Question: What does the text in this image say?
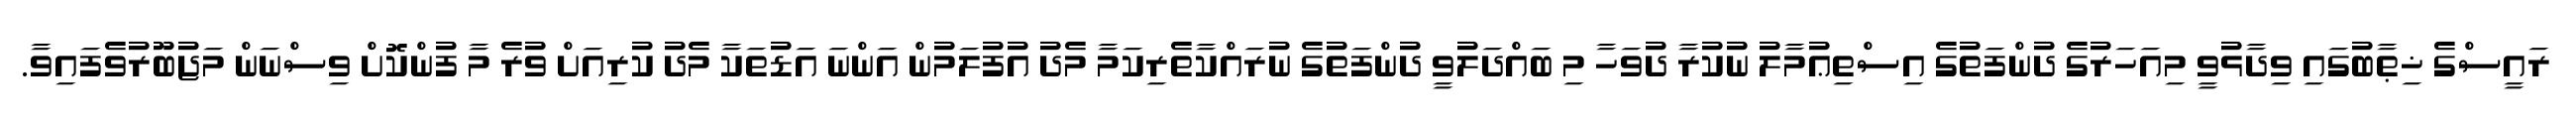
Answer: ރައީސްގެ ޚިޠާބުގައި ވިދާޅުވީ މިއަހަރުގެ ދުންފަތުގެ އިސްތިޢުމާލު ނުކުރާ ދުވަހާ މި ބައްދަލުވީ ދުންފަތުގެ ނުރައްކާތެރިކަމާ މެދު އުފުލަމުން އަންނަ އަޑުތަކާ މެދު ކުރިއަށް ވުރެ މާ ފުންކޮށް ވިސްނަން މަޖުބޫރުވެފައިވާ.